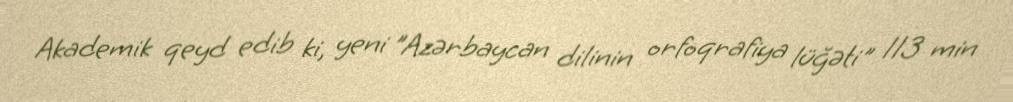
Akademik qeyd edib ki, yeni "Azərbaycan dilinin orfoqrafiya lüğəti" 113 min